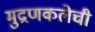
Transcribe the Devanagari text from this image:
मुद्रणकलेची